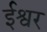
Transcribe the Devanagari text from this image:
र्इश्वर